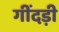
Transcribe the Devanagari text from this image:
गींदड़ी